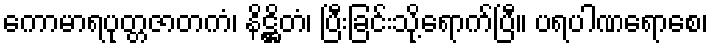
ကောမာရပုတ္တဇာတကံ၊ နိဋ္ဌိတံ၊ ပြီးခြင်းသို့ရောက်ပြီ။ ပရပါဏရောစေ၊